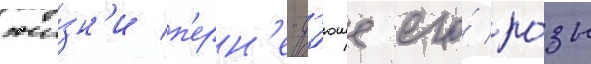
жи́зн'и п'ерн'е-д'юше его́ ро́зы